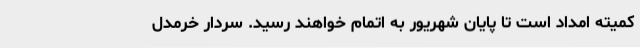
کمیته امداد است تا پایان شهریور به اتمام خواهند رسید. سردار خرمدل